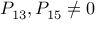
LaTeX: P _ { 1 3 } , P _ { 1 5 } \neq 0